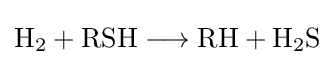
{\mathrm {H} {\vphantom {A}}_{\smash[{t}]{2}}{}+{}\mathrm {RSH} {}\mathrel {\longrightarrow } {}\mathrm {RH} {}+{}\mathrm {H} {\vphantom {A}}_{\smash[{t}]{2}}\mathrm {S} }